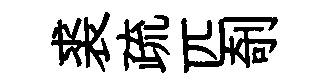
裘疏匹剞